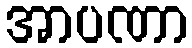
အာပဏာ